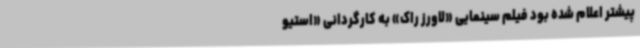
پیشتر اعلام شده بود فیلم سینمایی «لاورز راک» به کارگردانی «استیو